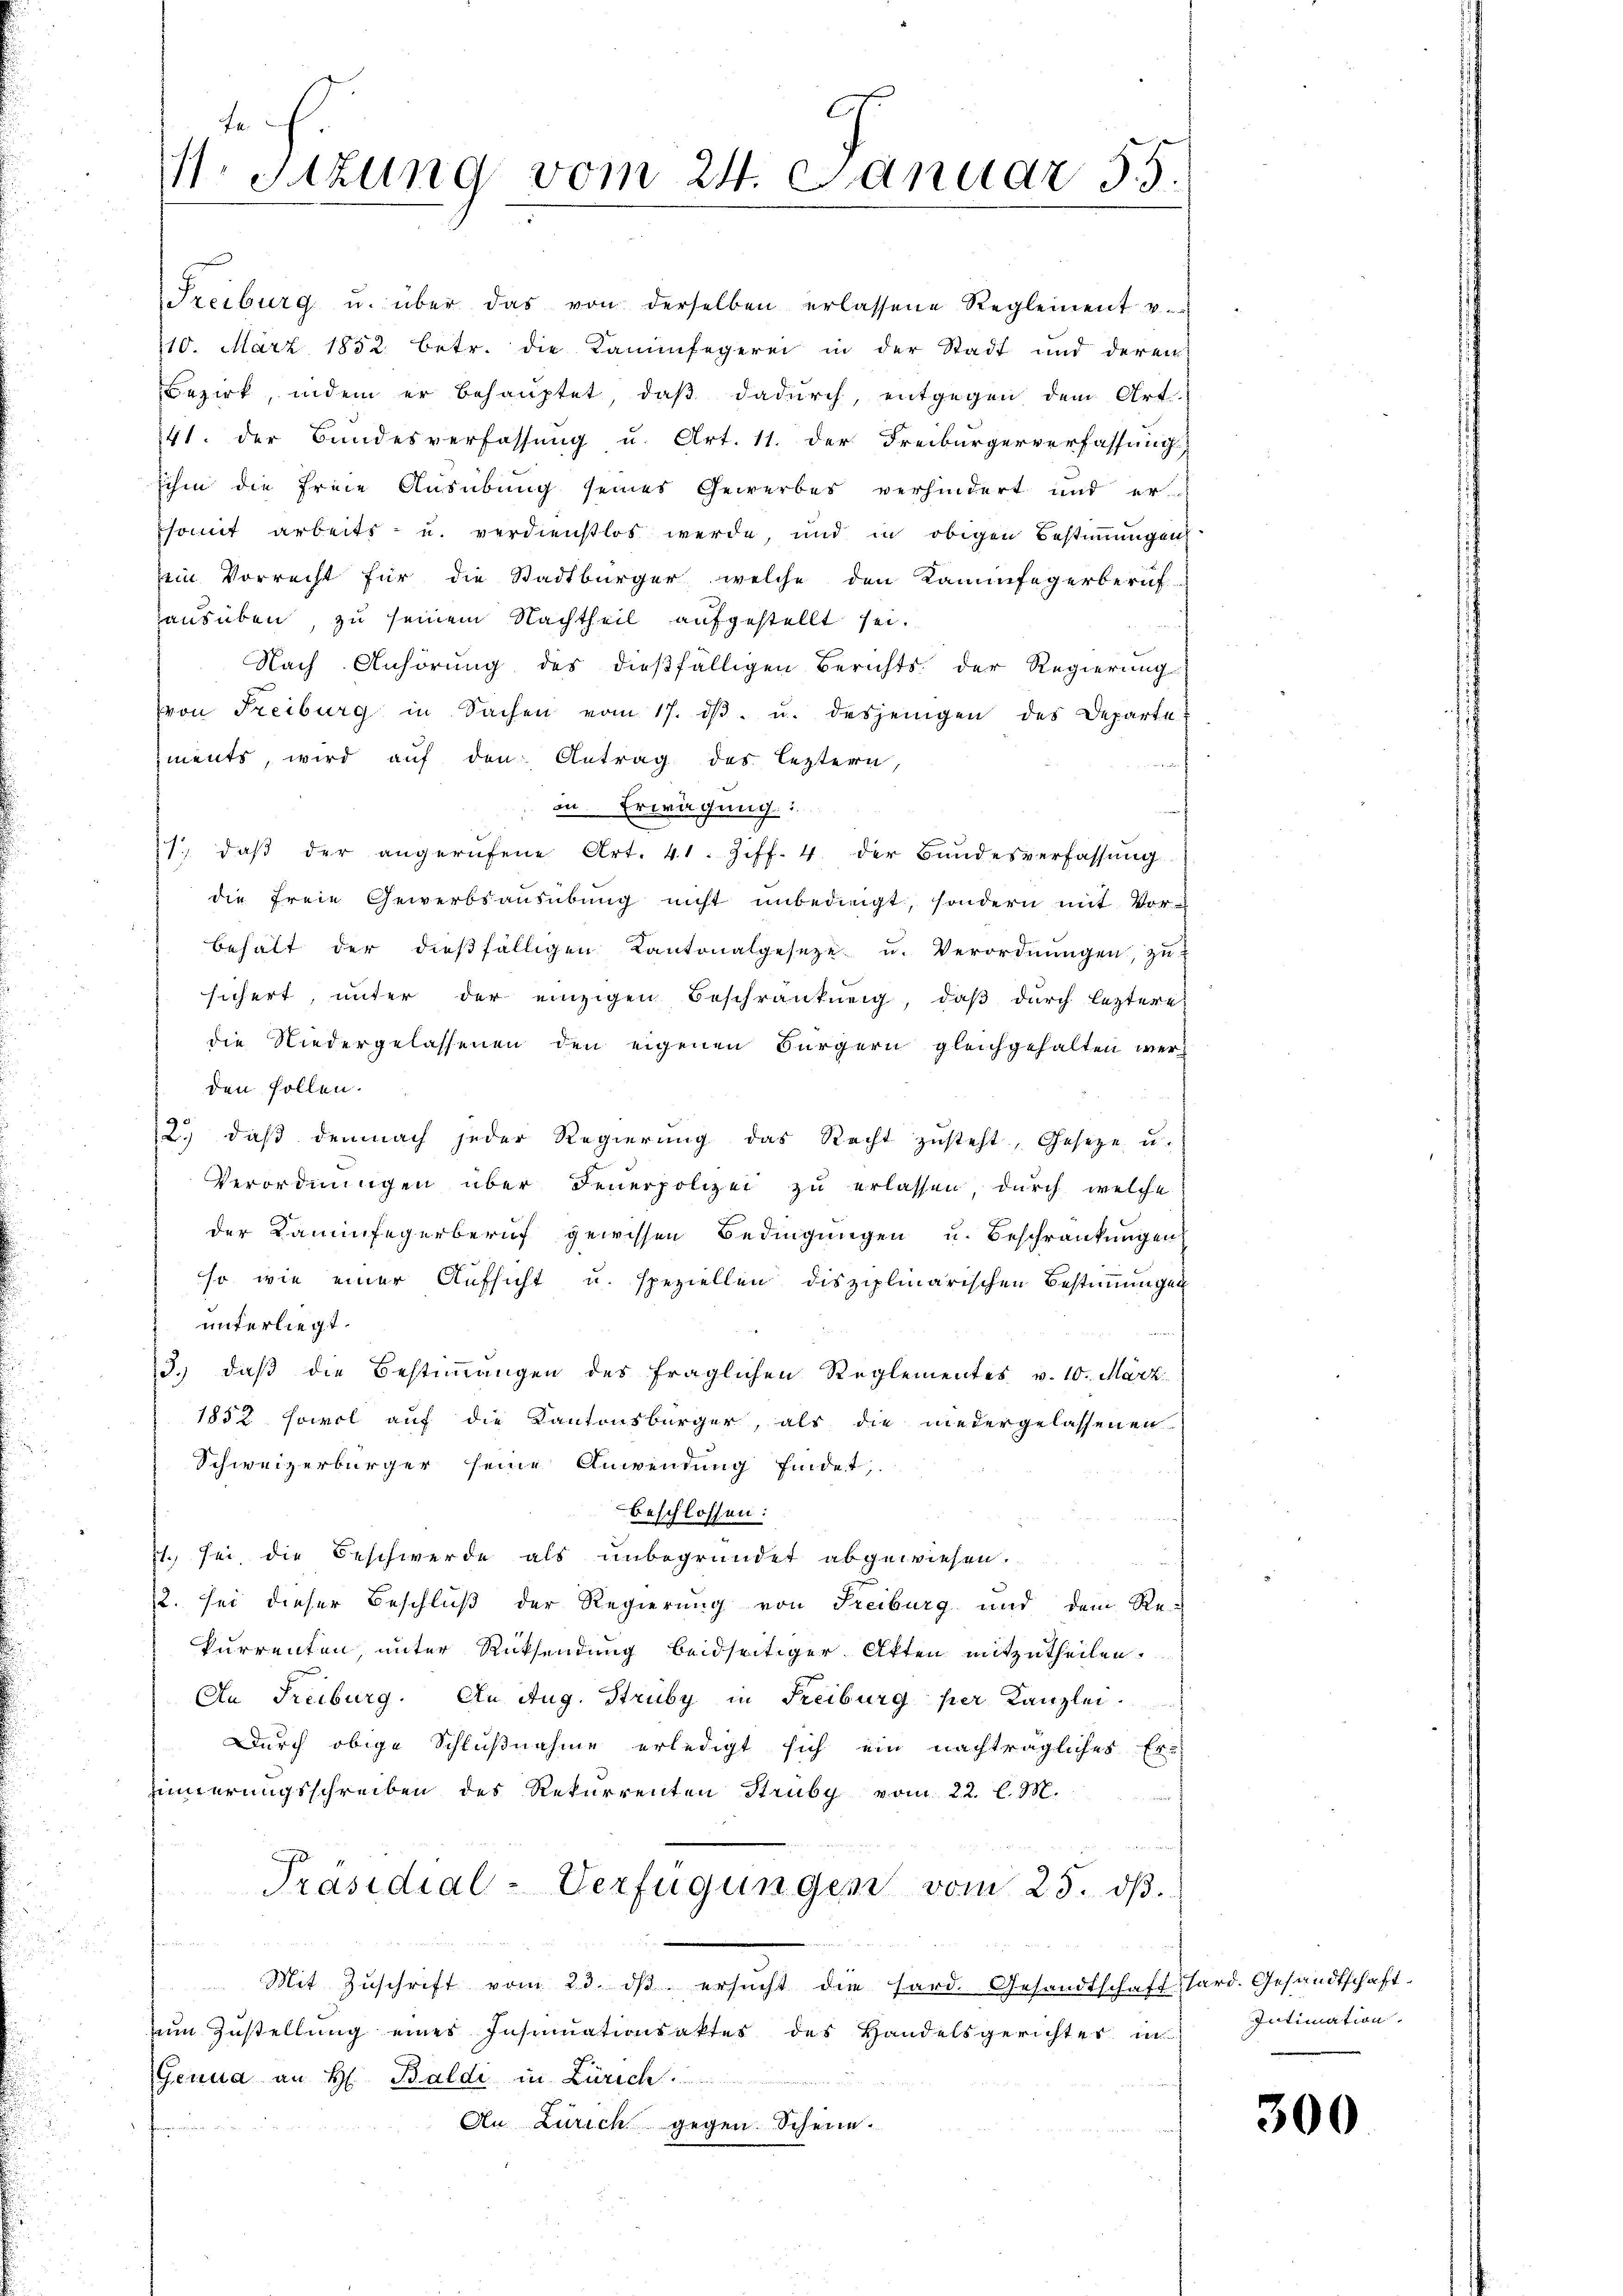
E
fe
M. Sitzung vom 24. Januar 55.

Freiburg u. über das von derselben erlassene Reglement v.
110. März 1852 betr. die Kaminfegerei in der Stadt und deren
Bezirk, indem er behauptet, daβ dadurch, entgegen dem Art.
41. der Bundesverfassung u. Art. 11. der Freiburgerverfassung
sihm die freie Ausübung seines Gewerbes verhindert und er-
somit arbeits- u. verdienstlos werde, und in obigen Bestimmigen
sein Vorrecht für die Stadtbürger, welche den Kammfegerberuf
ausüben, zu seinem Nachtheil aufgestellt sei.
Nach Anhörung des dießfälligen Berichts der Regierung
von Freiburg in Sachen vom 17. dβ. u. desjenigen des Departe
ments, wird auf den Antrag des leztern,
h
in Erwägung
1., daß der angerufene Art. 41. Ziff. 4 der Bundesverfassung
die freie Gewerbsausübung nicht unbedingt, sondern mit Vor-
behalt der diesfälligen Kantonalgeseze u. Verordnŭngen, zŭ
sichert, unter der einzigen Beschränkung, daβ dŭrch leztere
die Niedergelassenen den eigenen Bürgern gleichgehalten werden sollen.
2. daβ demnach jeder Regierŭng das Recht zŭsteht, Gesetze u.
Verordnungen über Feuerpolizei zu erlassen, durch welche
der Kaminfegerberuf gewissen Bedingungen u. Beschränkungen
so wie einer Aufsicht u. speziellen disziplinarischen Bestimmungen
unterliegt.
3.) daß die Bestimmungen des fraglichen Reglementes v. 10. März
1852 sowol auf die Kantonsbürger, als die niedergelassenen
Schweizerbürger seine Anwendung findet,
beschlossen:
71. sei, die Beschwerde als unbegründet abgewiesen.
2. sei dieser Beschluß der Regierung von Freiburg und dem Re-
kurrenten, unter Rücksendung beidseitiger Akten mitzutheilen.
An Freiburg. An Aug. Struby in Freiburg per Kanzlei
Durch obige Schlußnahme erledigt sich ein nachträgliches Er-
Zinnerungsschreiben des Rekurrenten Struby vom 22. l. M.
Präsidial-Verfügungen vom 25. dβ.
Mit Zŭschrift vom 23. dβ ersŭcht die sard. Gesandtschaft hard. Gesandtschaft-
zŭm Zŭstellŭng eines Insinuationsaktes des Handelsgerichter in Intimation.
Genua an H. Baldi in Zürich
An Zürich gegen Schene

300